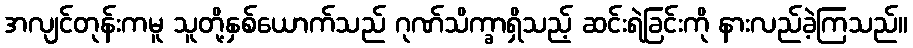
အလျင်တုန်းကမူ သူတို့နှစ်ယောက်သည် ဂုဏ်သိက္ခာရှိသည့် ဆင်းရဲခြင်းကို နားလည်ခဲ့ကြသည်။